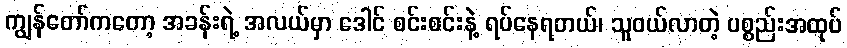
ကျွန်တော်ကတော့ အခန်းရဲ့ အလယ်မှာ ဒေါင် စင်းစင်းနဲ့ ရပ်နေရတယ်၊ သူဝယ်လာတဲ့ ပစ္စည်းအထုပ်